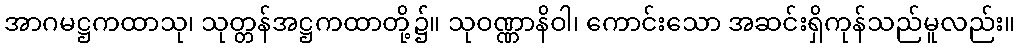
အာဂမဋ္ဌကထာသု၊ သုတ္တန်အဋ္ဌကထာတို့၌။ သုဝဏ္ဏာနိဝါ၊ ကောင်းသော အဆင်းရှိကုန်သည်မူလည်း။